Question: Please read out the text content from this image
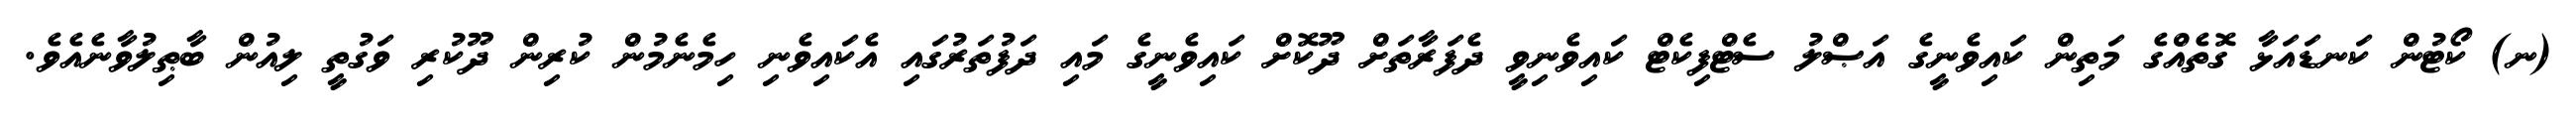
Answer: (ނ) ކޯޓުން ކަނޑައަޅާ ގޮތެއްގެ މަތިން ކައިވެނީގެ އަޞްލު ސެޓްފިކެޓް ކައިވެނިވީ ދެފަރާތަށް ދޫކޮށް ކައިވެނީގެ މައި ދަފުތަރުގައި އެކައިވެނި ހިމެނެމުން ކުރިން ދޫކުރި ވަގުތީ ލިއުން ބާޠިލުވާނެއެވެ.